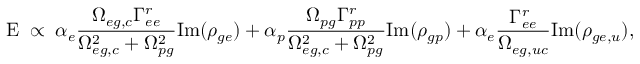
\mathrm { E } \; \propto \; \alpha _ { e } \frac { \Omega _ { e g , c } \Gamma _ { e e } ^ { r } } { \Omega _ { e g , c } ^ { 2 } + \Omega _ { p g } ^ { 2 } } \mathrm { I m } ( \rho _ { g e } ) + \alpha _ { p } \frac { \Omega _ { p g } \Gamma _ { p p } ^ { r } } { \Omega _ { e g , c } ^ { 2 } + \Omega _ { p g } ^ { 2 } } \mathrm { I m } ( \rho _ { g p } ) + \alpha _ { e } \frac { \Gamma _ { e e } ^ { r } } { \Omega _ { e g , u c } } \mathrm { I m } ( \rho _ { g e , u } ) ,